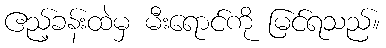
ဧည့်ခန်းထဲမှ မီးရောင်ကို မြင်ရသည်။